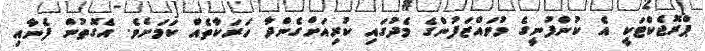
ޕްރޮޖެކްޓަކީ އެ ކުންފުނީގެ މުވައްޒަފުންގެ މެދުގައި ކުރިއަށްގެންދާ ހަރަކާތެއް ކަމަށެވެ. އެގޮތުން ފެނާއި